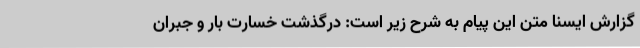
گزارش ایسنا متن این پیام به شرح زیر است: درگذشت خسارت بار و جبران